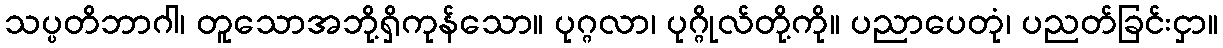
သပ္ပတိဘာဂါ၊ တူသောအဘို့ရှိကုန်သော။ ပုဂ္ဂလာ၊ ပုဂ္ဂိုလ်တို့ကို။ ပညာပေတုံ၊ ပညတ်ခြင်းငှာ။